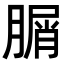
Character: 𦞚